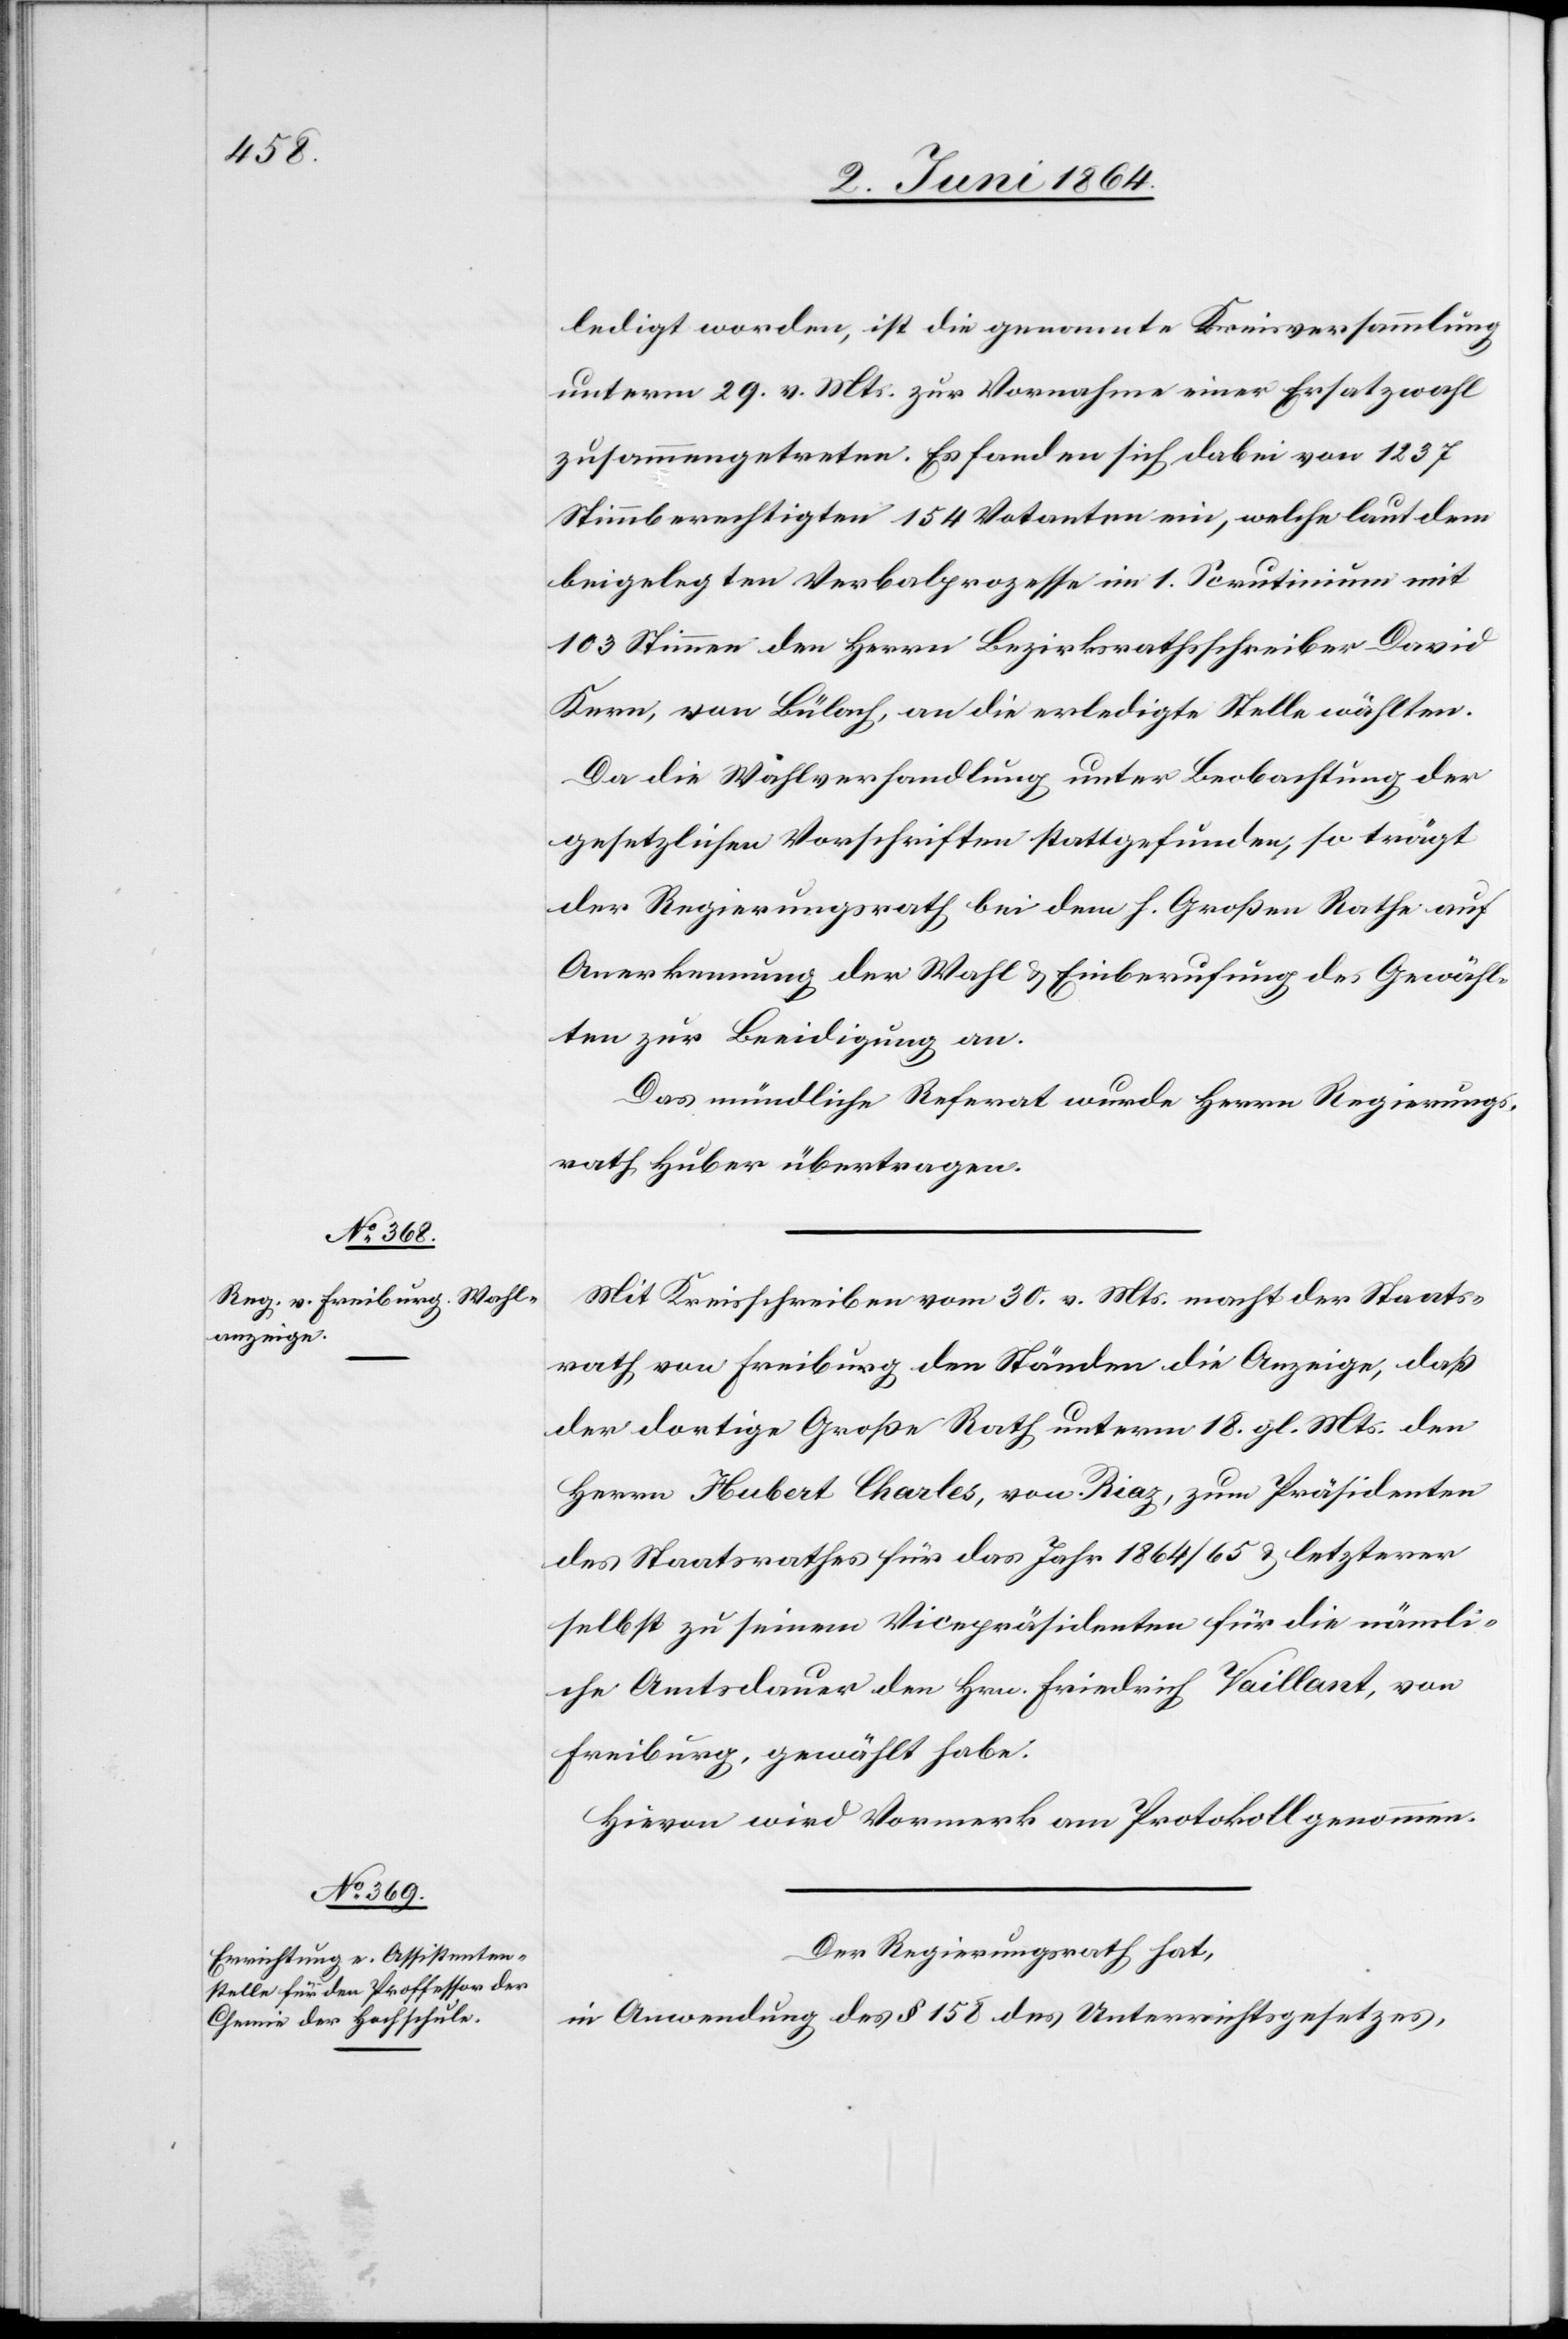
ledigt worden, ist die genannte Kreisversammlung
unterm 20. v. Mts. zur Vornahme einer Ersatzwahl
zusammengetreten. Es fanden sich dabei von 1237
Stimmberechtigten 154 Votanten ein, welche laut dem
beigelegten Verbalprozesse im 1. Scrutinium mit
103 Stimmen den Herrn Bezirksrathsschreiber David
Kern, von Bülach, an die erledigte Stelle wählten.
Da die Wahlverhandlung unter Beobachtung der
gesetzlichen Vorschriften stattgefunden, so trägt
der Regierungsrath bei dem h. Großen Rathe auf
Anerkennung der Wahl u. Einberufung des Gewähl¬
ten zur Beeidigung an.
Das mündliche Referat wurde Herrn Regierungs¬
rath Huber übertragen.
Mit Kreisschreiben vom 30. v. Mts. macht der Staats¬
rath von Freiburg den Ständen die Anzeige, daß
der dortige Große Rath unterm 18. gl. Mts. den
Herrn Hubert Charles, von Riaz, zum Präsidenten
des Staatsrathes für das Jahr 1864/65 u. letzterer
selbst zu seinem Vicepräsidenten für die nämli¬
che Amtsdauer den Hrn. Friedrich Vaillart, von
Freiburg, gewählt habe.
Hievon wird Vormerk am Protokoll genommen.
Der Regierungsrath hat,
in Anwendung des § 158 des Unterrichtsgesetzes,